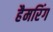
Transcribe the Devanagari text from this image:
हैमरिंग